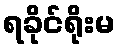
ရခိုင်ရိုးမ